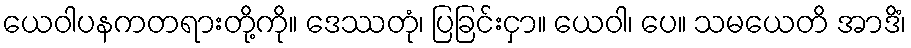
ယေဝါပနကတရားတို့ကို။ ဒေဿတုံ၊ ပြခြင်းငှာ။ ယေဝါ၊ ပေ။ သမယေတိ အာဒိံ၊